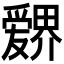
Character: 𱭉